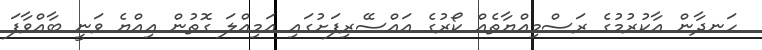
ހަނދާން އާކުރުމުގެ ރަސްމިއްޔާތެއް ކޯރުގެ އައްސޭރިފަށުގައި އަމިއްލަ ގޮތުން އިއްޔެ ވަނީ ބާއްވާފަ